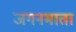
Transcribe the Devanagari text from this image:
जगनमाता